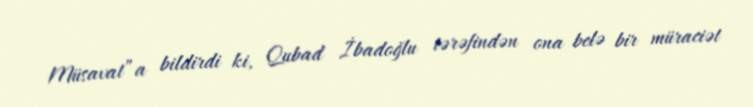
Müsavat”a bildirdi ki, Qubad İbadoğlu tərəfindən ona belə bir müraciət